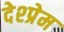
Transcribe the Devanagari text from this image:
देश्प्रेम